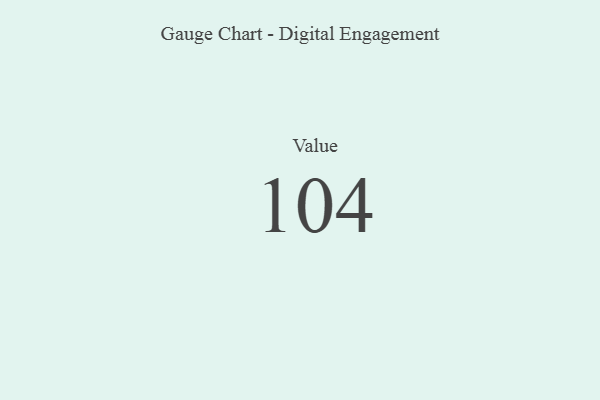
{"axis": {"x": "Metric", "y": "Value"}, "legend": [""], "data": [{"x": "Value", "y": 104, "type": ""}]}